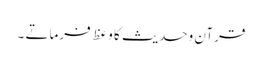
قرآن وحدیث کا وعظ فرماتے ۔